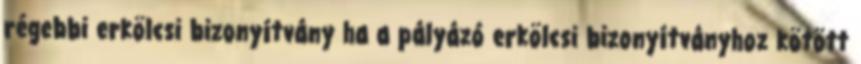
régebbi erkölcsi bizonyítvány ha a pályázó erkölcsi bizonyítványhoz kötött